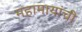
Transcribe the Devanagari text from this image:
महामायांची